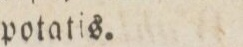
potatis.